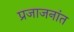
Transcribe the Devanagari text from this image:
प्रजाजनांत